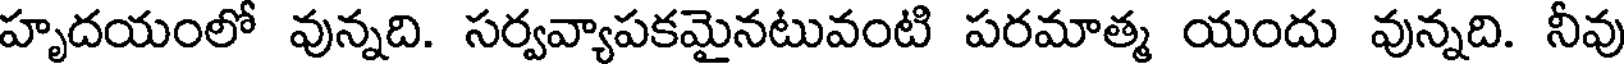
హృదయంలో వున్నది. సర్వవ్యాపకమైనటువంటి పరమాత్మ యందు వున్నది. నీవు